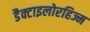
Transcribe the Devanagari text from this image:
डैक्टाइलोरहिज्म